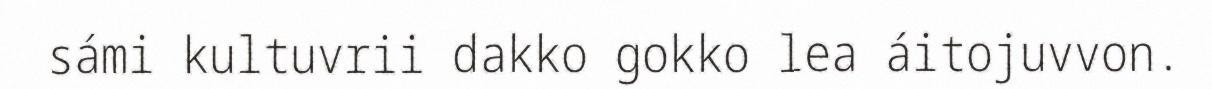
sámi kultuvrii dakko gokko lea áitojuvvon.